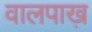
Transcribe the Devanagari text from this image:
वालपाख़